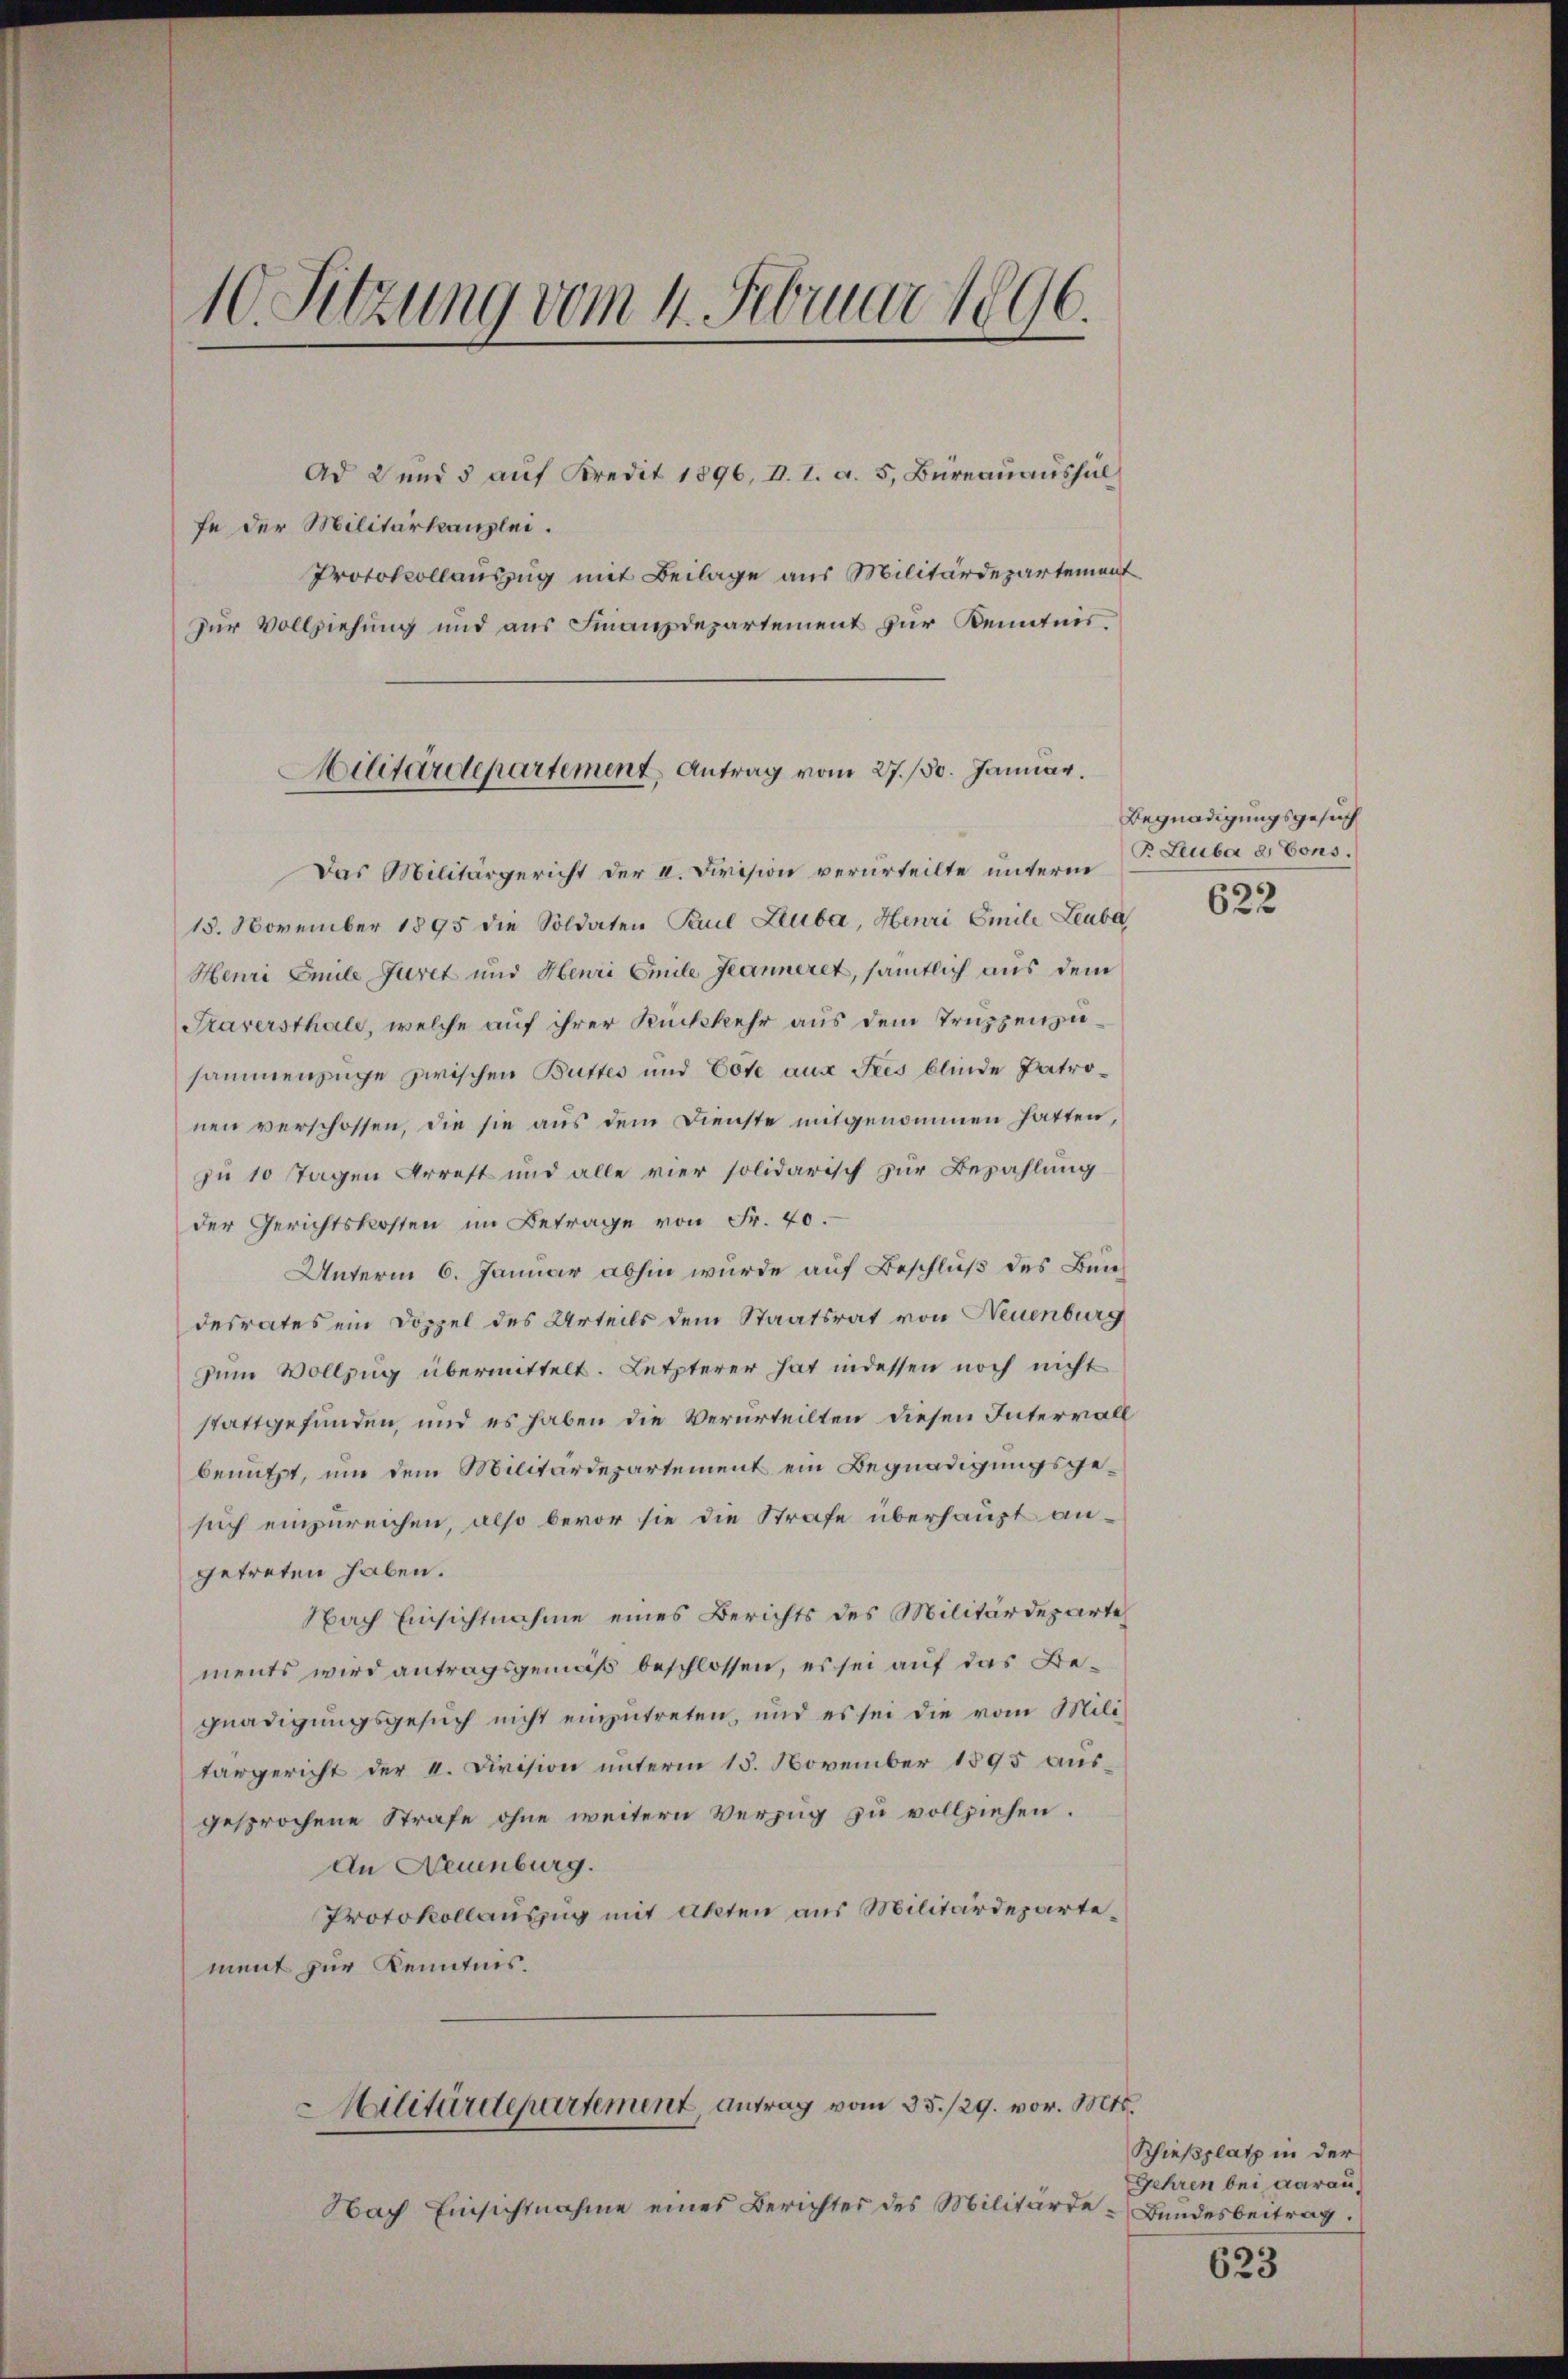
10. Sitzung vom 4. Februar 1896.

Ad 2 und 5 auf Kredit 1896, I. I. a. 5, Büreauaushül
fe der Militarkanzlei.
Protokollauszug mit Beilage aus Militärdepartement
zur Vollziehung und aus Finanzdepartement zur Kenntnis.

Militärdepartement Antrag vom 27./30. Januar.

Das Militärgericht der I. Division verurteilte unterm
15. November 1895 die Soldaten Karl Zaube, Henri Emile Leuba
Henri Emile Juret und Henri Emile Kanneret, sämtlich aus dem
Traversthale, welche auf ihrer Rückkehr aus dem Truppenzusammenzuge zwischen Buttes und Cote aus Jees blinde Patronen verschossen, die sie aus dem Dienste mitgenommen hatten,
zu 10 Tagen Arrest und alle vier solidarisch zur Bezahlung
der Gerichtskosten im Betrage von Fr. 40.
Unterm 6. Januar abhin wurde auf Beschluß des Bundesrates ein Doppel des Urteils dem Staatsrat von Neuenburg
zum Vollzug übermittelt. Letzterer hat indessen noch nicht
stattgefunden, und es haben die Verurteilten diesen Intervall
benutzt, um dem Militärdepartement ein Begnadigungsgesuch einzureichen, also bevor sie die Strafe überhaupt angetreten haben.
Nach Einsichtnahme eines Berichts des Militärdeparte
ments wird antragsgemäß beschlossen, es sei auf das Begnadigungsgesuch nicht einzutreten, und es sei die vom Mili
tärgericht der 4. Division unterm 15. November 1895 ausgesprochene Strafe ohne weitern Verzug zu vollziehen.
An Neuenburg.
Protokollauszug mit Akten aus Militärdeparte,
ment zur Kenntnis.
Militärdepartement, antrag vom 35./29. vor. Mts.
Nach Einsichtnahme eines Berichter des Militärde - Bundesbeitrag.

Begnadigungsgesuch
P. Leuba et Cons.

622

Schießplatz in der
Fehren bei darau

623